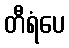
တီရံပေ